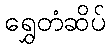
ရွှေတံဆိပ်